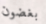
بغضون